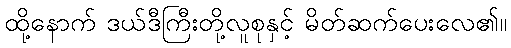
ထို့နောက် ဒယ်ဒီကြီးတို့လူစုနှင့် မိတ်ဆက်ပေးလေ၏။